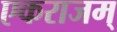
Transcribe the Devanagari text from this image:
एकराजम्